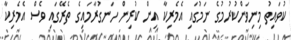
ކުވައިތު މިނިވަންކުރުމުގެ ނަމުގައި އެމެރިކާ އިން ކުރިން ހަނގުރާމައިގެ ތެރޭގައި ވެސް އެމެރިކާ